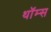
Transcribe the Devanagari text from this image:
थॉम्स